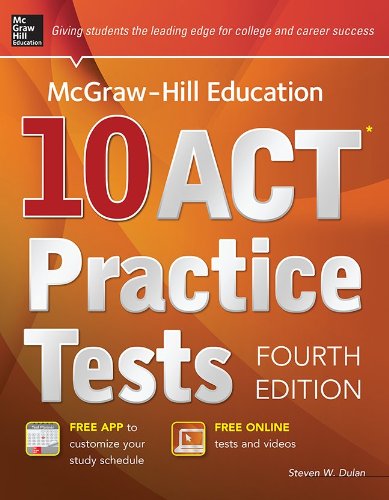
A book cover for McGraw-Hill Education 10 ACT Practice Tests, 4th Edition (Mcgraw-Hill's 10 Act Practice Tests); Steven Dulan; Test Preparation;